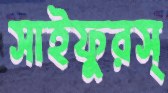
সাইফুরস্